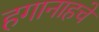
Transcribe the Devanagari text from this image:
हगानाहचे